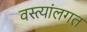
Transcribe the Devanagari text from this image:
वस्त्यांलगत